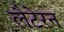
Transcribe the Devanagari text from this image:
लैटेरन